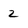
Character: 2